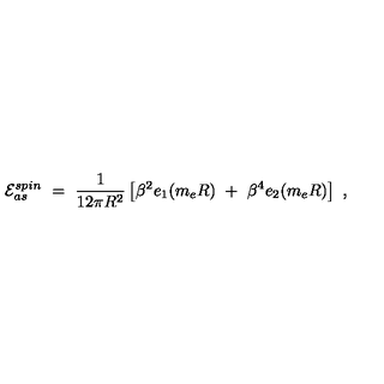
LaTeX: { \cal E } _ { a s } ^ { s p i n } \ = \ \frac { 1 } { 1 2 \pi R ^ { 2 } } \left[ \beta ^ { 2 } e _ { 1 } ( m _ { e } R ) \ + \ \beta ^ { 4 } e _ { 2 } ( m _ { e } R ) \right] \ ,